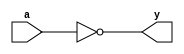
//Inverter
module _inv(a, y);
	input a;
	output y;
	assign y = ~a;
endmodule

//2-to-1 nand gate
module _nand2(a, b, y);
	input a, b;
	output y;
	assign y = ~(a & b);
endmodule

//2-to-1 and gate
module _and2(a, b, y);
	input a, b;
	output y;
	assign y = a & b;
endmodule

//2-to-1 or gate
module _or2(a, b, y);
	input a, b;
	output y;
	assign y = a | b;
endmodule

//2-to-1 xor gate
module _xor2(a, b, y);
	input a, b;
	output y;
	wire inv_a, inv_b;
	wire w0, w1;
	_inv U0_inv(.a(a), .y(inv_a));
	_inv U1_inv(.a(b), .y(inv_b));
	_and2 U2_and2(.a(inv_a), .b(b), .y(w0));
	_and2 U3_and2(.a(inv_b), .b(a), .y(w1));
	_or2 U4_or2(.a(w0), .b(w1), .y(y));
endmodule

//3-to-1 and gate
module _and3(a, b, c, y);
	input a, b, c;
	output y;
	assign y = a & b & c;
endmodule

//4-to-1 and gate
module _and4(a, b, c, d, y);
	input a, b, c, d;
	output y;
	assign y = a & b & c & d;
endmodule

//5-to-1 and gate
module _and5(a, b, c, d, e, y);
	input a, b, c, d, e;
	output y;
	assign y = a & b & c & d & e;
endmodule

//3-to-1 or gate
module _or3(a, b, c, y);
	input a, b, c;
	output y;
	assign y = a | b | c;
endmodule

//4-to-1 or gate
module _or4(a, b, c, d, y);
	input a, b, c, d;
	output y;
	assign y = a | b | c | d;
endmodule

//5-to-1 or gate
module _or5(a, b, c, d, e, y);
	input a, b, c, d, e;
	output y;
	assign y = a | b | c | d | e;
endmodule

//4 bits inverter
module _inv_4bits(a, y);
	input[3:0] a;
	output[3:0] y;
	assign y = ~a;
endmodule

//4 bits 2-to-1 and gate
module _and2_4bits(a, b, y);
	input[3:0] a, b;
	output[3:0] y;
	assign y = a & b;
endmodule

//4 bits 2-to-1 or gate
module _or2_4bits(a, b, y);
	input[3:0] a, b;
	output[3:0] y;
	assign y = a | b;
endmodule

//4 bits 2-to-1 exclusive or gate
module _xor2_4bits(a, b, y);
	input[3:0] a, b;
	output[3:0] y;
	_xor2 U0_xor2(.a(a[0]), .b(b[0]), .y(y[0]));
	_xor2 U1_xor2(.a(a[1]), .b(b[1]), .y(y[1]));
	_xor2 U2_xor2(.a(a[2]), .b(b[2]), .y(y[2]));
	_xor2 U3_xor2(.a(a[3]), .b(b[3]), .y(y[3]));
endmodule

//4 bits 2-to-1 exclusive nor gate
module _xnor2_4bits(a, b, y);
	input[3:0] a, b;
	output[3:0] y;
	wire[3:0] w0;
	_xor2_4bits U0_4bits(.a(a), .b(b), .y(w0));
	_inv_4bits U1_inv_4bits(.a(w0), .y(y));
endmodule

//32 bits inverter
module _inv_32bits(a, y);
	input[31:0] a;
	output[31:0] y;
	assign y = ~a;
endmodule

//32 bits 2-to-1 and gate
module _and2_32bits(a, b, y);
	input[31:0] a, b;
	output[31:0] y;
	assign y = a & b;
endmodule

//32 bits 2-to-1 or gate
module _or2_32bits(a, b, y);
	input[31:0] a, b;
	output[31:0] y;
	assign y = a | b;
endmodule

//32 bits 2-to-1 exclusive or gate
module _xor2_32bits(a, b, y);
	input[31:0] a, b;
	output[31:0] y;
	_xor2_4bits U0_xor2_4bits(.a(a[3:0]), .b(b[3:0]), .y(y[3:0]));
	_xor2_4bits U1_xor2_4bits(.a(a[7:4]), .b(b[7:4]), .y(y[7:4]));
	_xor2_4bits U2_xor2_4bits(.a(a[11:8]), .b(b[11:8]), .y(y[11:8]));
	_xor2_4bits U3_xor2_4bits(.a(a[15:12]), .b(b[15:12]), .y(y[15:12]));
	_xor2_4bits U4_xor2_4bits(.a(a[19:16]), .b(b[19:16]), .y(y[19:16]));
	_xor2_4bits U5_xor2_4bits(.a(a[23:20]), .b(b[23:20]), .y(y[23:20]));
	_xor2_4bits U6_xor2_4bits(.a(a[27:24]), .b(b[27:24]), .y(y[27:24]));
	_xor2_4bits U7_xor2_4bits(.a(a[31:28]), .b(b[31:28]), .y(y[31:28]));
endmodule

//32 bits 2-to-1 exclusive nor gate
module _xnor2_32bits(a, b, y);
	input[31:0] a, b;
	output[31:0] y;
	_xnor2_4bits U0_xnor2_4bits(.a(a[3:0]), .b(b[3:0]), .y(y[3:0]));
	_xnor2_4bits U1_xnor2_4bits(.a(a[7:4]), .b(b[7:4]), .y(y[7:4]));
	_xnor2_4bits U2_xnor2_4bits(.a(a[11:8]), .b(b[11:8]), .y(y[11:8]));
	_xnor2_4bits U3_xnor2_4bits(.a(a[15:12]), .b(b[15:12]), .y(y[15:12]));
	_xnor2_4bits U4_xnor2_4bits(.a(a[19:16]), .b(b[19:16]), .y(y[19:16]));
	_xnor2_4bits U5_xnor2_4bits(.a(a[23:20]), .b(b[23:20]), .y(y[23:20]));
	_xnor2_4bits U6_xnor2_4bits(.a(a[27:24]), .b(b[27:24]), .y(y[27:24]));
	_xnor2_4bits U7_xnor2_4bits(.a(a[31:28]), .b(b[31:28]), .y(y[31:28]));
endmodule

//4-to-1 nor gate
module _nor4(a, b, c,d, y);
	input a, b, c, d;
	output y;
	assign y = ~(a | b | c | d);
endmodule

//3-to-1 nor gate
module _nor3(a, b, c, y);
	input a, b, c;
	output y;
	assign y = ~(a | b | c);
endmodule

//2-to-1 nor gate
module _nor2(a, b, y);
	input a, b;
	output y;
	assign y = ~(a | b);
endmodule